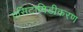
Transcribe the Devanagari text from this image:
एसिटामिडीकरण